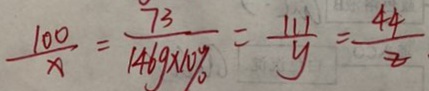
\frac { 1 0 0 } { x } = \frac { 7 3 } { 1 4 6 g \times 1 0 \% } = \frac { 1 1 1 } { y } = \frac { 4 4 } { Z }